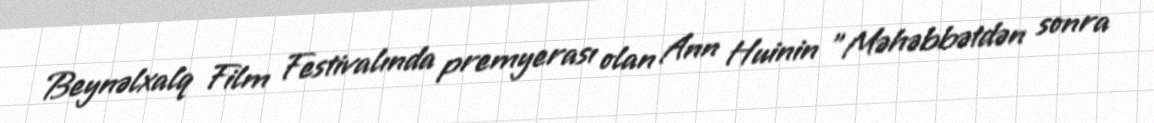
Beynəlxalq Film Festivalında premyerası olan Ann Huinin "Məhəbbətdən sonra